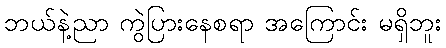
ဘယ်နဲ့ညာ ကွဲပြားနေစရာ အကြောင်း မရှိဘူး